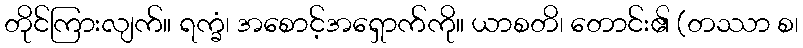
တိုင်ကြားလျက်။ ရက္ခံ၊ အစောင့်အရှောက်ကို။ ယာစတိ၊ တောင်း၏ (တဿာ စ၊